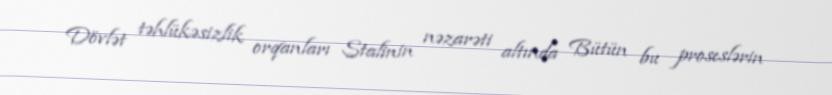
Dövlət təhlükəsizlik orqanları Stalinin nəzarəti altında Bütün bu proseslərin